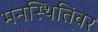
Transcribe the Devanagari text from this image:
मनस्थितिवर